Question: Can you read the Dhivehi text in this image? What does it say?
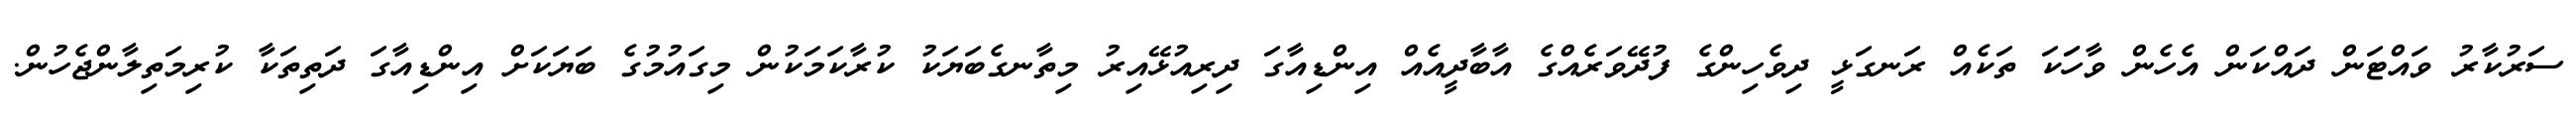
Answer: ސަރުކާރު ވައްޓަން ދައްކަން އެހެން ވާހަަކަ ތަކެއް ރަނގަޅީ ދިވެހިންގެ ފުދޭވަރެއްގެ އާބާދީއެއް އިންޑިއާގަ ދިރިއުޅޭއިރު މިތާނގެބަޔަކު ކުރާކަމަކުން މިގައުމުގެ ބަޔަކަށް އިންޑިއާގަ ދަތިތަކާ ކުރިމަތިލާންޖެހުން.